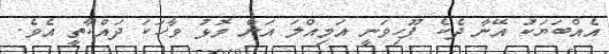
އެއްބަޔަކު އޭނާ ދެކެ ފޫހިވަނީ އަމިއްލަ އަށް މޮޅު ވާހަކަ ދައްކާތީ އެވެ.